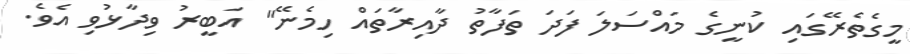
މީގެތެރޭގައި ކުނީގެ މައްސަލަ ފަދަ ތަފާތު ދާއިރާތައް ހިމެނޭ" އަބީރު ވިދާޅުވި އެވެ.